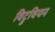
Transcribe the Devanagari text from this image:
विट्रुवियन